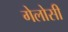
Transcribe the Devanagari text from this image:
गेलोसी